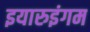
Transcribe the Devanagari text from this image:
इयारुइंगम